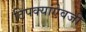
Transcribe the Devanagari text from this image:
ठिपक्यांऐवजी